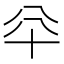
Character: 𠦎